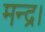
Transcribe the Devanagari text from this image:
मन्द्र।